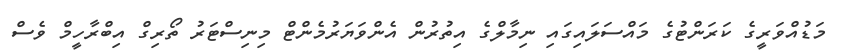
މަޑުއްވަރީގެ ކަރަންޓުގެ މައްސަލައިގައި ނިމާލްގެ އިތުރުން އެންވަޔަރުމެންޓް މިނިސްޓަރު ތޯރިގް އިބްރާހީމް ވެސް